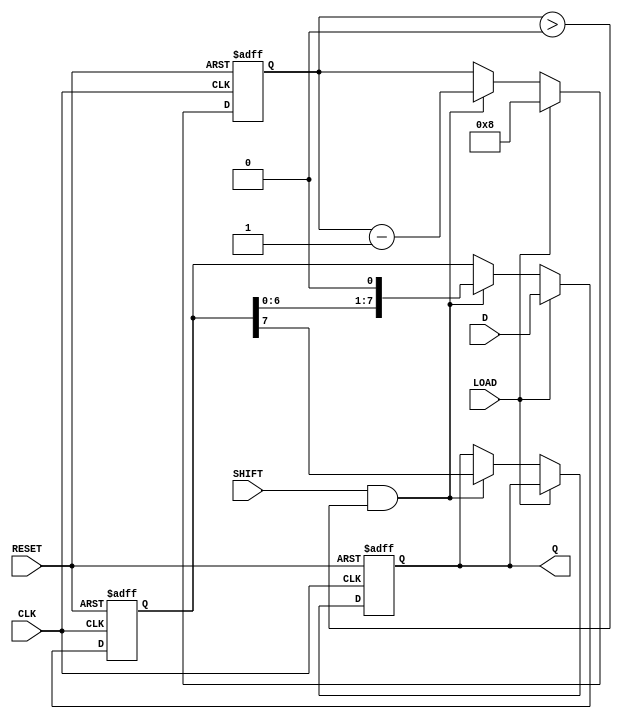
module TwoStagePISO #(
    parameter N = 8  // Number of bits in the register
)(
    input wire [N-1:0] D,      // Parallel data input
    input wire LOAD,            // Load signal
    input wire SHIFT,           // Shift signal
    input wire CLK,             // Clock signal
    input wire RESET,           // Asynchronous reset
    output reg Q               // Serial output
);

    // Internal registers for the two stages
    reg [N-1:0] input_stage;   // Input stage to hold parallel data
    reg [N-1:0] output_stage;  // Output stage for serial shifting
    reg [3:0] count;           // Counter for shifting bits

    // Asynchronous reset and loading data
    always @(posedge CLK or posedge RESET) begin
        if (RESET) begin
            input_stage <= 0;
            output_stage <= 0;
            Q <= 0;
            count <= 0;
        end else if (LOAD) begin
            input_stage <= D;  // Load parallel data into input stage
            output_stage <= D; // Initialize output stage with input data
            count <= N;        // Set count to the number of bits
        end else if (SHIFT && count > 0) begin
            Q <= output_stage[N-1]; // Output the MSB of output stage
            output_stage <= {output_stage[N-2:0], 1'b0}; // Shift left
            count <= count - 1; // Decrement the count
        end
    end

endmodule